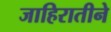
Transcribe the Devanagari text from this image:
जाहिरातीने